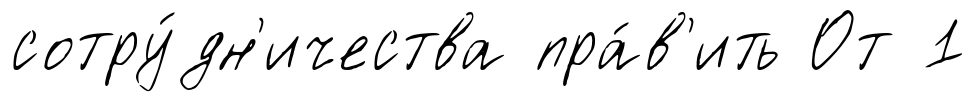
сотру́дн'ичества пра́в'ить От 1